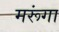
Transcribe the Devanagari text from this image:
मरूंगा